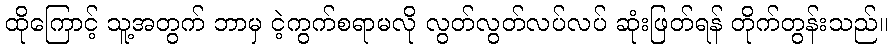
ထိုကြောင့် သူ့အတွက် ဘာမှ ငဲ့ကွက်စရာမလို လွတ်လွတ်လပ်လပ် ဆုံးဖြတ်ရန် တိုက်တွန်းသည်။